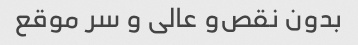
بدون نقص‌و عالی و سر موقع